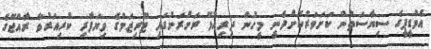
އެމްޑީޕީގެ ސިޔާސަތުން ކަށަވަރުކޮށްދެނީ މީހުން ދިރިއުޅޭ ރަށްރަށުގައި ޓޫރިޒަމްގެ ވިޔަފާރި ކުރިއަރުވާ ރާއްޖޭގެ